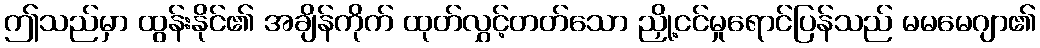
ဤသည်မှာ ထွန်းနိုင်၏ အချိန်ကိုက် ထုတ်လွှင့်တတ်သော ညှို့ငင်မှုရောင်ပြန်သည် မမမေဂျာ၏